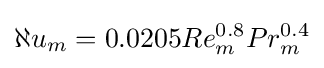
\aleph u_{m}=0.0205Re_{m}^{0.8}Pr_{m}^{0.4}